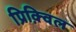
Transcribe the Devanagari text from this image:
प्रिक़्विल